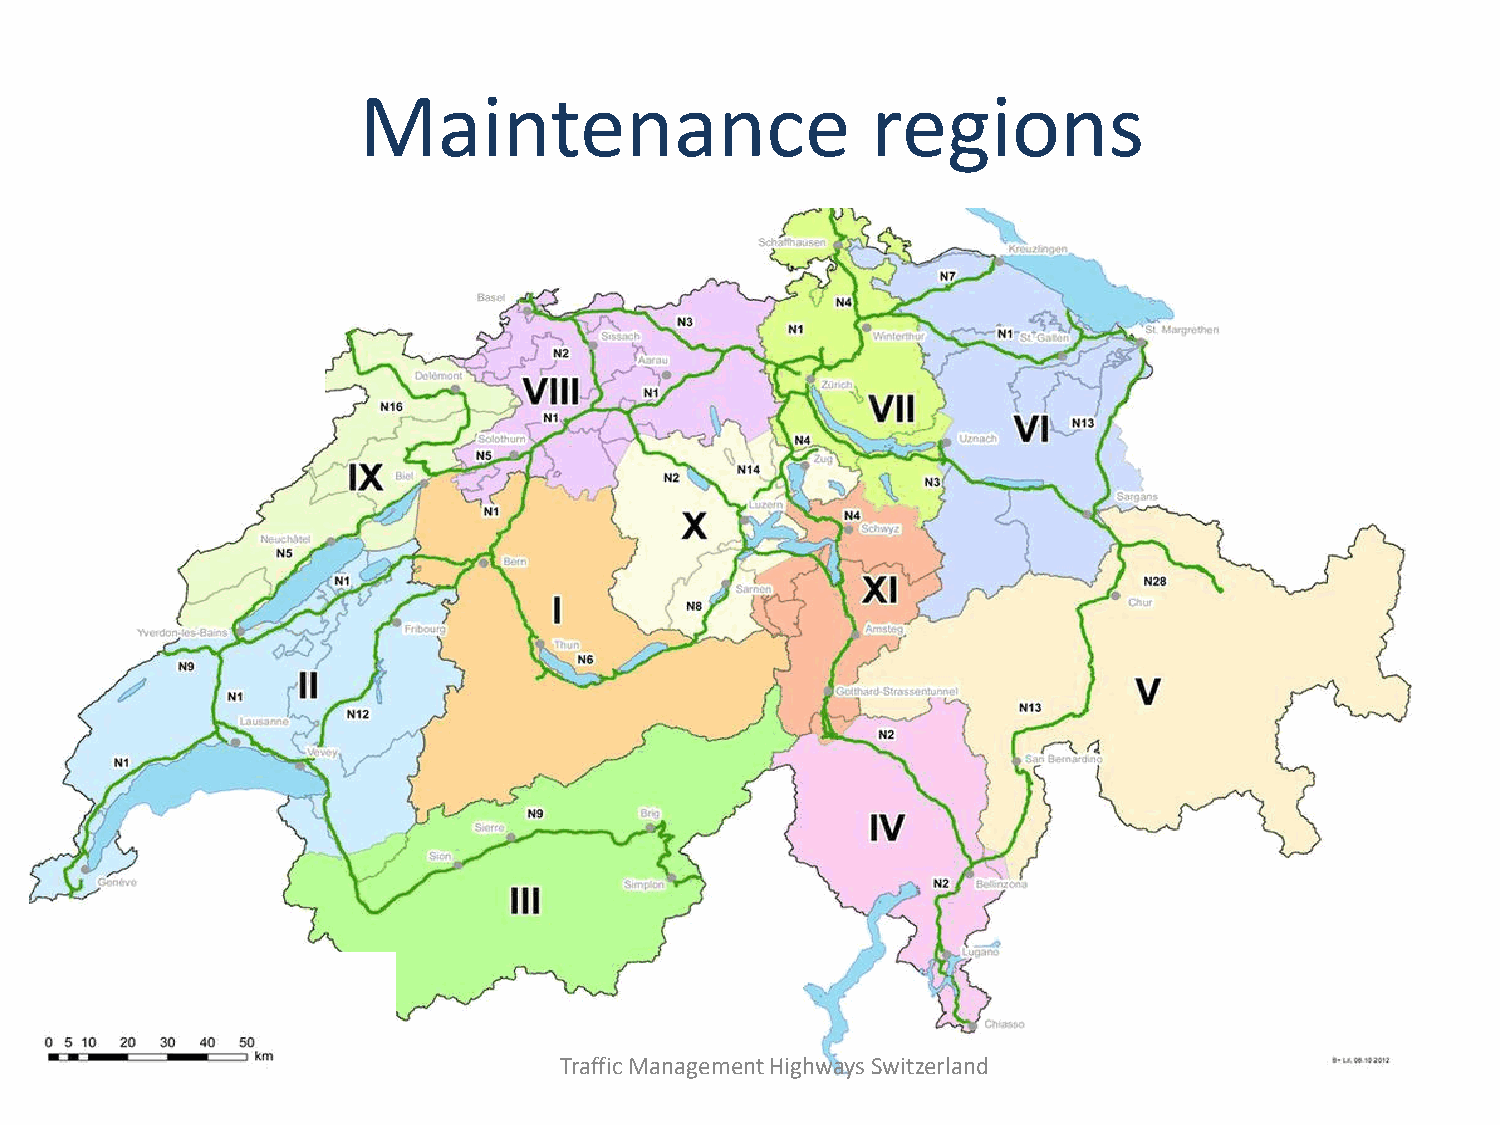
Maintenance                       regions
 Traffic Management Highways Switzerland
 06/11/13                              Presentation title                               4